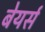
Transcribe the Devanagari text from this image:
बेयर्स